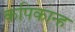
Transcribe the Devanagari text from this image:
कपिकान्ह